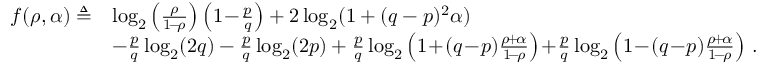
\begin{array} { r l } { f ( \rho , \alpha ) \triangleq } & { \log _ { 2 } \left( \frac { \rho } { 1 \! - \! \rho } \right) \left( 1 \! - \! \frac { p } { q } \right) + 2 \log _ { 2 } ( 1 + ( q - p ) ^ { 2 } \alpha ) } \\ & { - \frac { p } { q } \log _ { 2 } ( 2 q ) - \frac { p } { q } \log _ { 2 } ( 2 p ) + \frac { p } { q } \log _ { 2 } \left( 1 \! + \! ( q \! - \! p ) \frac { \rho \! + \! \alpha } { 1 \! - \! \rho } \right) \! + \! \frac { p } { q } \log _ { 2 } \left( 1 \! - \! ( q \! - \! p ) \frac { \rho \! + \! \alpha } { 1 \! - \! \rho } \right) \, . } \end{array}